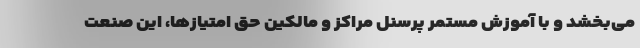
می‌بخشد و با آموزش مستمر پرسنل مراکز و مالکین حق امتیازها، این صنعت